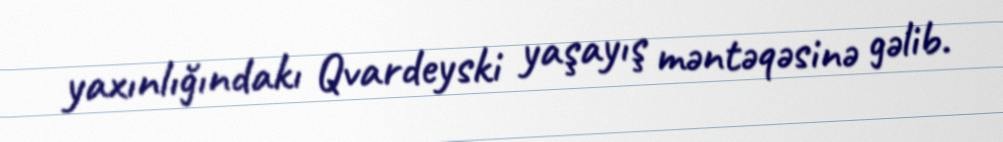
yaxınlığındakı Qvardeyski yaşayış məntəqəsinə gəlib.